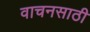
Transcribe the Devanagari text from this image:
वाचनसाठी